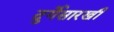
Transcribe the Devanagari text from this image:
दुर्गेसारखी